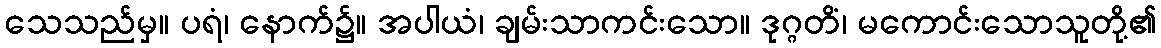
သေသည်မှ။ ပရံ၊ နောက်၌။ အပါယံ၊ ချမ်းသာကင်းသော။ ဒုဂ္ဂတိံ၊ မကောင်းသောသူတို့၏